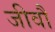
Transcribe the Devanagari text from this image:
जीवौ